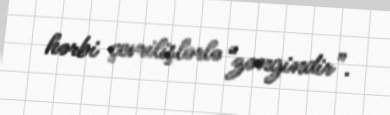
hərbi çevrilişlərlə “zəngindir”.